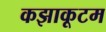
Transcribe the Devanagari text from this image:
कझाकूटम